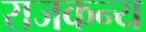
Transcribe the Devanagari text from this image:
राजकन्य